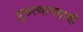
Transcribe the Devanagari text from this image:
पुरुत्थानवादी